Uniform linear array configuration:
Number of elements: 24
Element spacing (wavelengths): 0.5
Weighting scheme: uniform
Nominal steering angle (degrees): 60
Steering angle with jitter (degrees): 58.274
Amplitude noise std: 0.05
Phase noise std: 0.05

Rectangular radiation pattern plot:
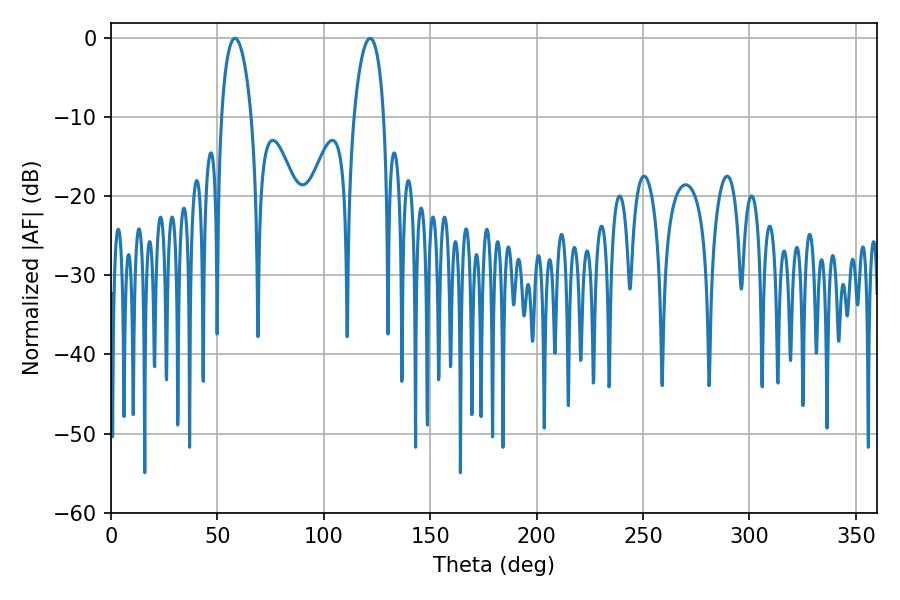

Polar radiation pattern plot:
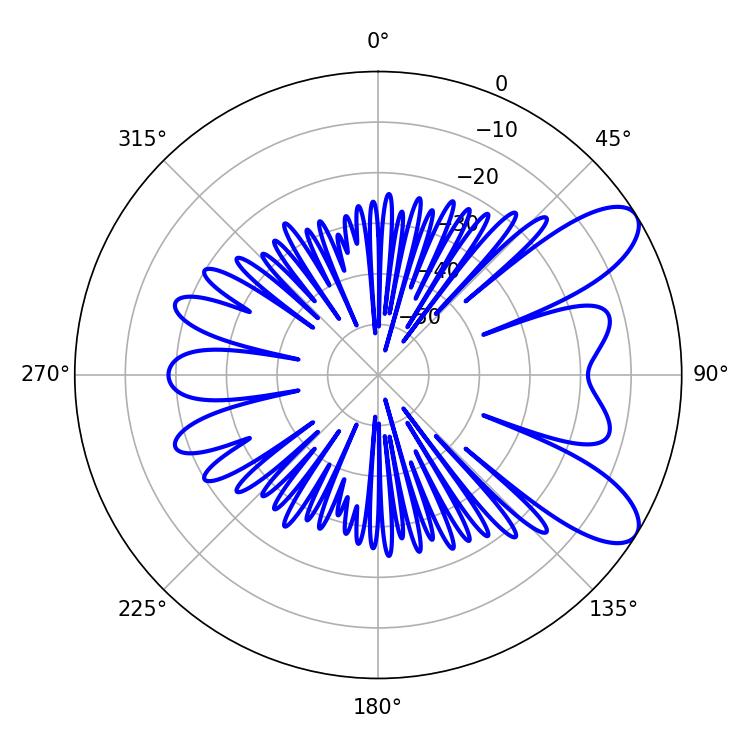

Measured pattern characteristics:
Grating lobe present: FALSE
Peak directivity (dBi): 8.767
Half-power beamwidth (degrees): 7.92
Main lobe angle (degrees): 58.32